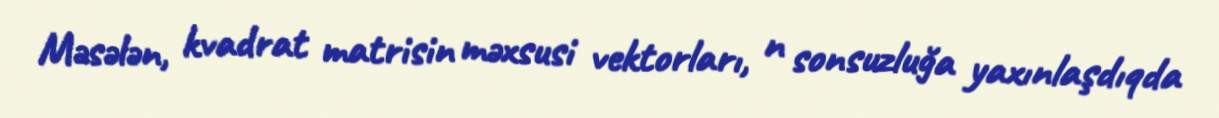
Məsələn, kvadrat matrisin məxsusi vektorları, n sonsuzluğa yaxınlaşdıqda